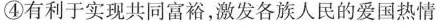
④有利于实现共同富裕，激发各族人民的爱国热情